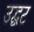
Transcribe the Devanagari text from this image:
उद्घट